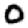
Digit: 0